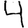
Digit: 4